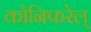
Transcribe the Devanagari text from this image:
कोनिफरेल्